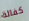
كفالة